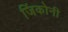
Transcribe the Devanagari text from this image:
जिंकोनी